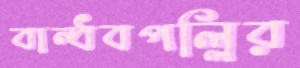
বান্ধবপল্লির